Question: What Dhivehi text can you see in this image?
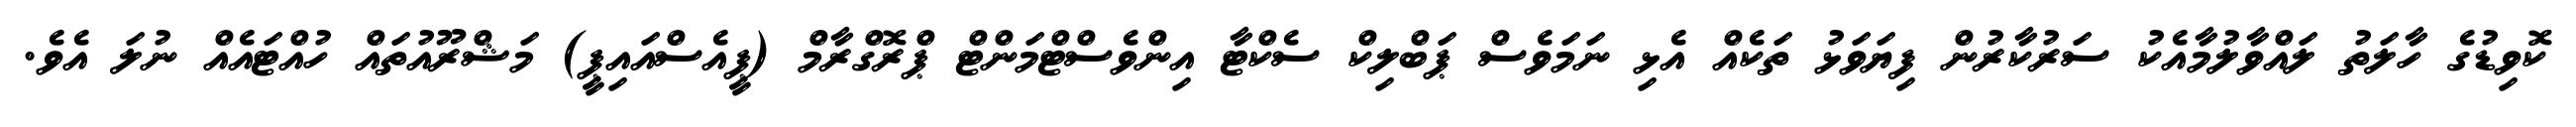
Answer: ކޮވިޑުގެ ހާލަތު ލައްވާލުމާއެކު ސަރުކާރުން ފިޔަވަޅު ތަކެއް އެޅި ނަމަވެސް ޕަބްލިކް ސެކްޓާ އިންވެސްޓްމަންޓް ޕްރޮގްރާމް (ޕީއެސްއައިޕީ) މަޝްރޫއުތައް ހުއްޓައެއް ނުލަ އެވެ.